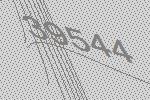
39544